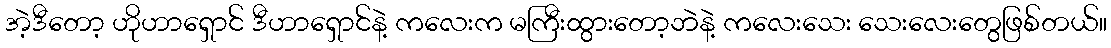
အဲ့ဒီတော့ ဟိုဟာရှောင် ဒီဟာရှောင်နဲ့ ကလေးက မကြီးထွားတော့ဘဲနဲ့ ကလေးသေး သေးလေးတွေဖြစ်တယ်။